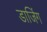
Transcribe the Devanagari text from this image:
डाजिंग